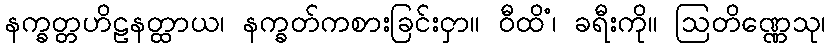
နက္ခတ္တဟိဠနတ္ထာယ၊ နက္ခတ်ကစားခြင်းငှာ။ ဝီထိံ၊ ခရီးကို။ ဩတိဏ္ဏေသု၊